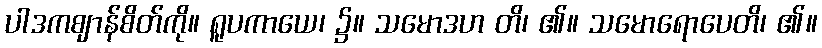
ပါဒကဈာန်စိတ်ကို။ ရူပကာယေ၊ ၌။ သမောဒဟ တိ၊ ၏။ သမောရောပေတိ၊ ၏။